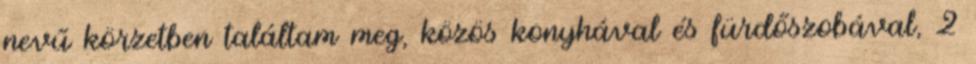
nevű körzetben találtam meg, közös konyhával és fürdőszobával, 2